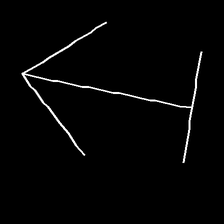
Glyph: levitation